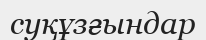
суқұзғындар